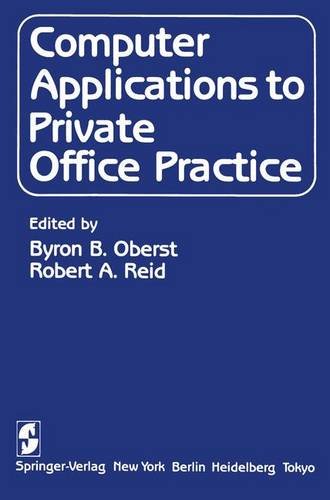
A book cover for Computer Applications to Private Office Practice; Medical Books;